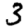
Digit: 3